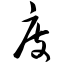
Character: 庋